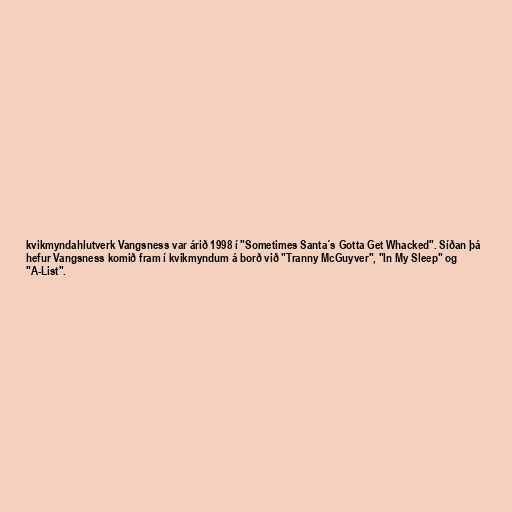
kvikmyndahlutverk Vangsness var árið 1998 í "Sometimes Santa´s Gotta Get Whacked". Síðan þá
hefur Vangsness komið fram í kvikmyndum á borð við "Tranny McGuyver", "In My Sleep" og
"A-List".